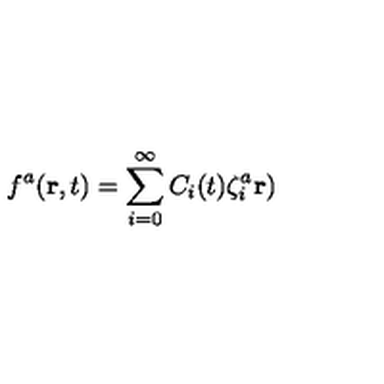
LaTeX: f ^ { a } ( { \bf r } , t ) = \sum _ { i = 0 } ^ { \infty } C _ { i } ( t ) \zeta _ { i } ^ { a } { \bf r } )